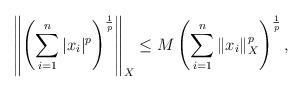
LaTeX: \begin{align*}\left\|\left(\sum_{i=1}^n |x_i|^p \right)^{\frac{1}{p}}\right\|_X \leq M\left(\sum_{i=1}^n \|x_i\|_X ^p \right)^{\frac{1}{p}},\end{align*}